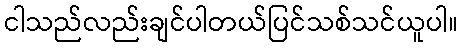
ငါသည်လည်းချင်ပါတယ်ပြင်သစ်သင်ယူပါ။